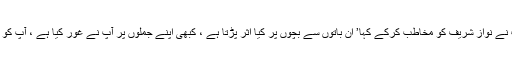
عامر لیاقت نے نواز شریف کو مخاطب کرکے کہا’ ان باتوں سے بچوں پر کیا اثر پڑتا ہے ، کبھی اپنے جملوں پر آپ نے غور کیا ہے ، آپ کو اندازہ ہے‘۔